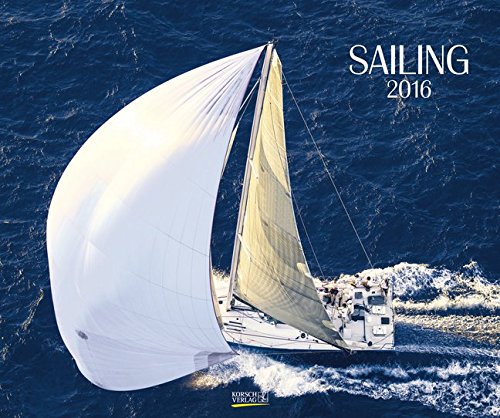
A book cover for Sailing 2016. PhotoArt Classic Kalender; Calendars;